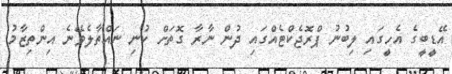
އޭޑީބީގެ އެހީގައި ލިބުނު ޕްރޮޖެކްޓެއްގައި ދުން ނާރާ ގޮތަށް ކުނި ނައްތާލެވޭނެ އިންތިޒާމު